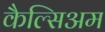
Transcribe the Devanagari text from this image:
कैल्सिअम